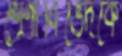
শ্রেণীবিভেদকে